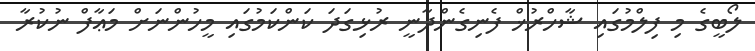
ލޯބީގެ މި ފިލްމުގައި ޝާހްރުޚް ފެނިގެންދާނީ ރުޅިގަދަ ކަންކަމުގައި މީހުންނަށް މަޢާފް ނުކުރާ